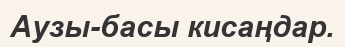
Аузы-басы кисаңдар.